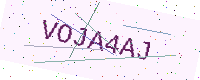
Text: VOJA4AJ